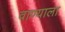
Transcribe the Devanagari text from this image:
वाण्याला